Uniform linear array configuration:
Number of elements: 32
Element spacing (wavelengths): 1
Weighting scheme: binomial
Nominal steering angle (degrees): -60
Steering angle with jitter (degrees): -59.925
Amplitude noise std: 0.05
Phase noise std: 0.05

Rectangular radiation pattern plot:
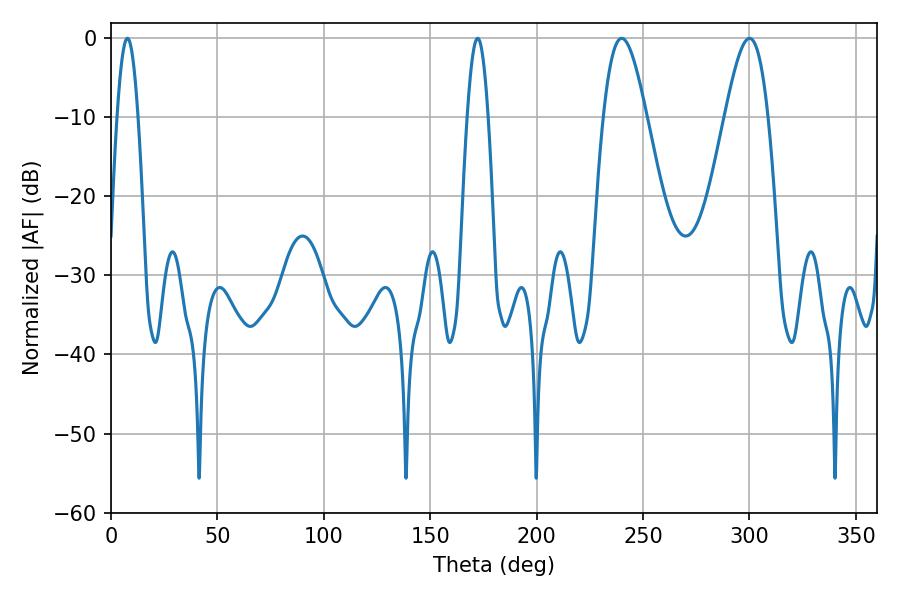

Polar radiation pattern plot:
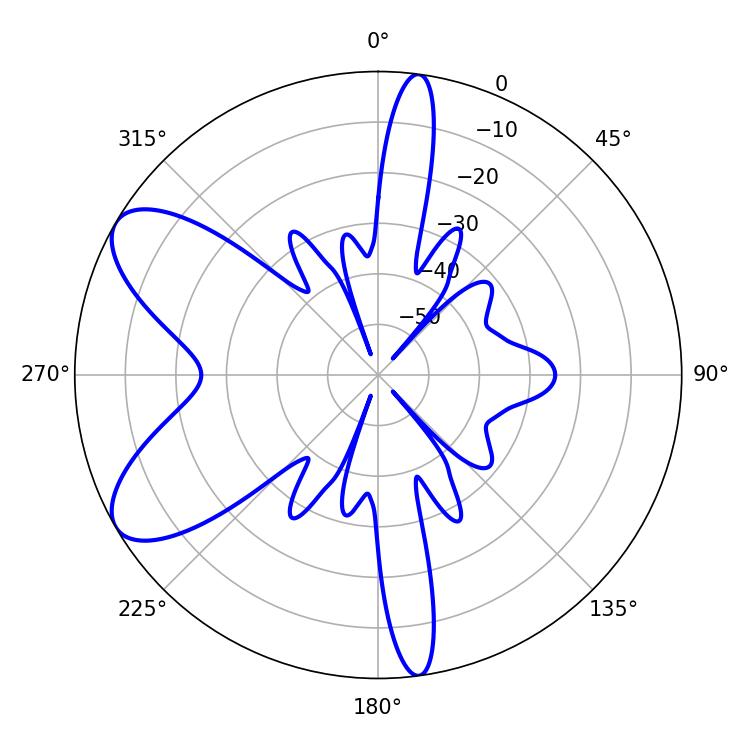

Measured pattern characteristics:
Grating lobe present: TRUE
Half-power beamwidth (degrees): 10.8
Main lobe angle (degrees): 239.94